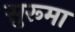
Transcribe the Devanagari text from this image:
सुरूमा